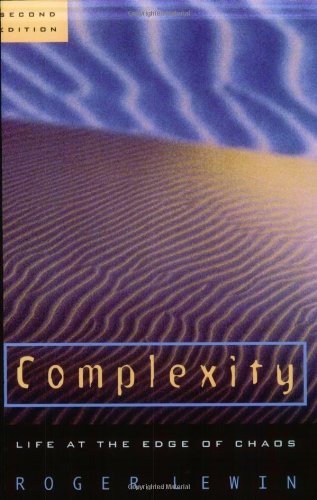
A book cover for Complexity: Life at the Edge of Chaos; Roger Lewin; Science & Math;